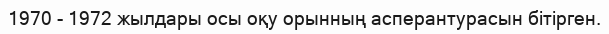
1970 - 1972 жылдары осы оқу орынның асперантурасын бітірген.